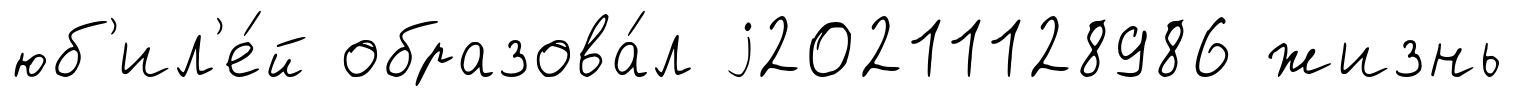
юб'ил'е́й образова́л j20211128986 жизнь